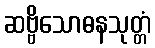
ဆဗ္ဗိသောဓနသုတ္တံ